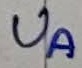
Text: UA